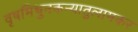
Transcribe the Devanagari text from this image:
वृषमिथुनकन्यातुलामकर